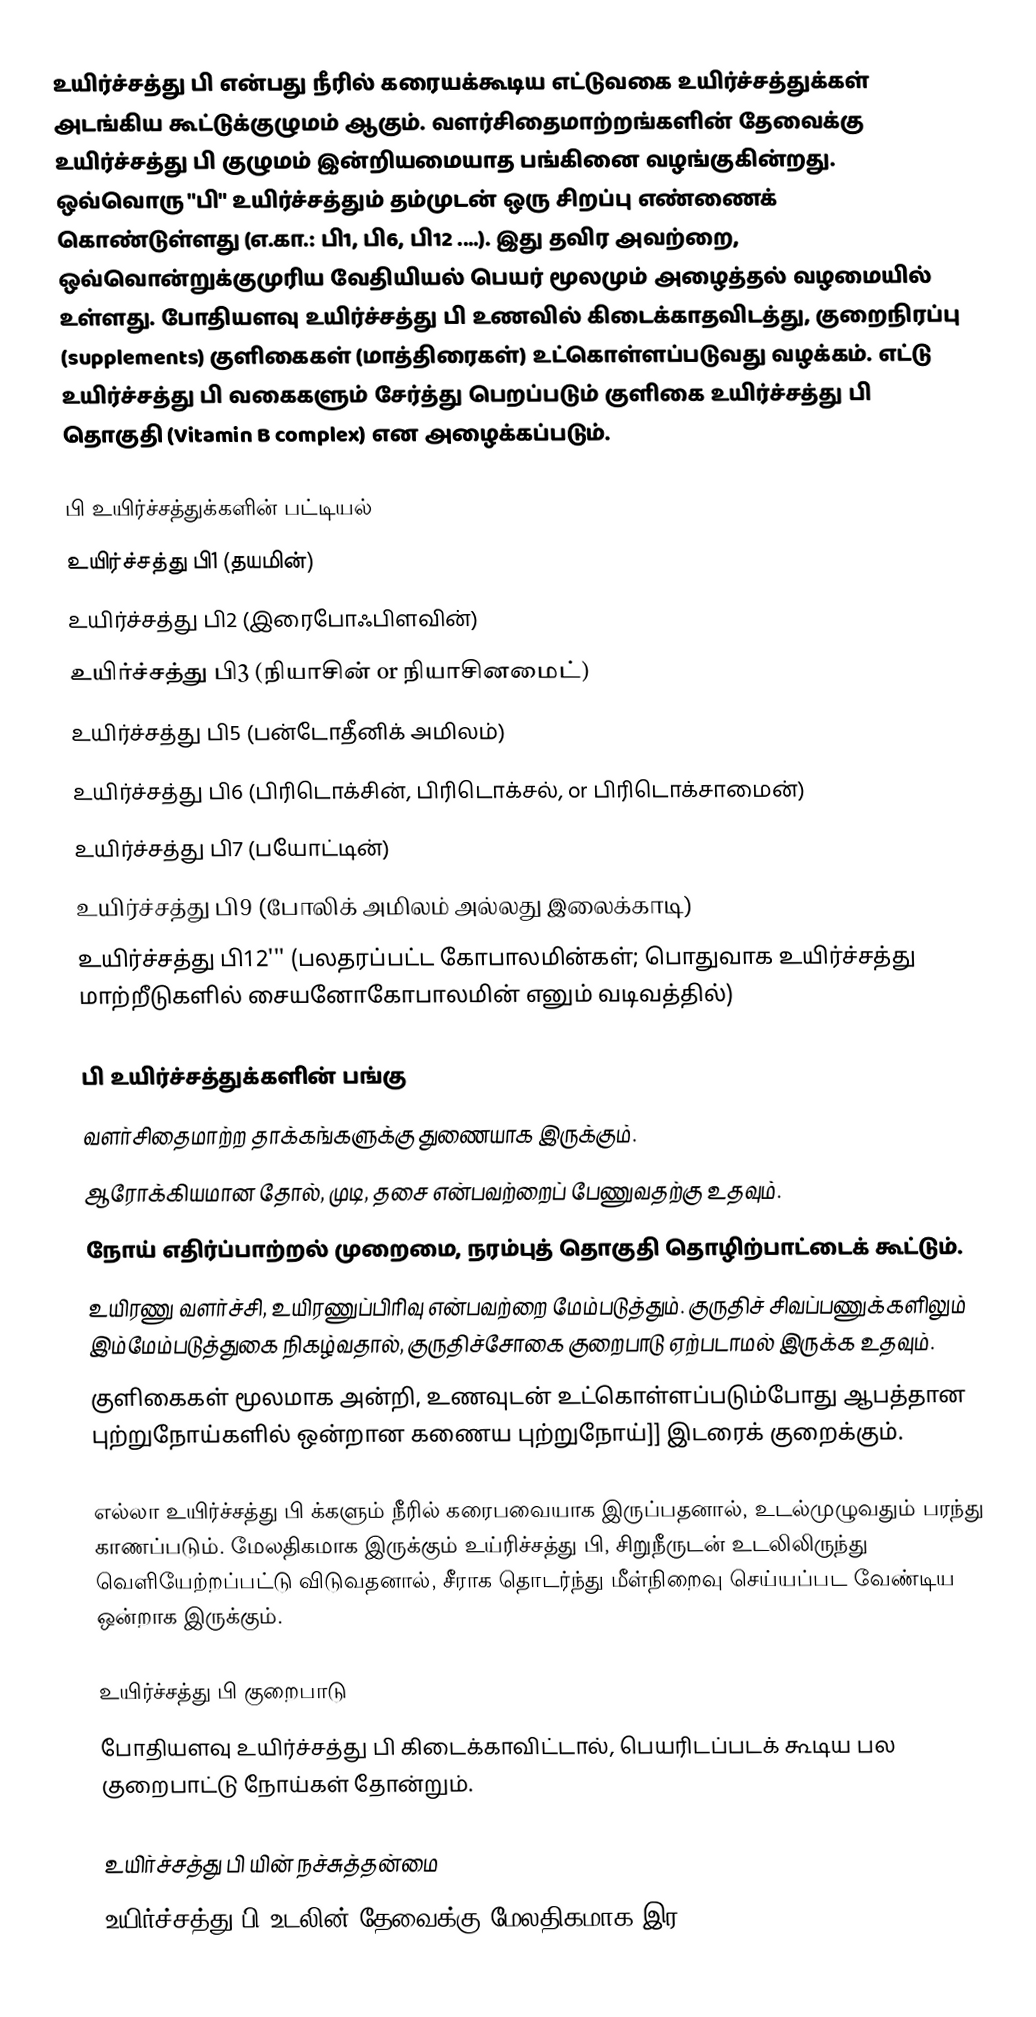
உயிர்ச்சத்து பி என்பது நீரில் கரையக்கூடிய எட்டுவகை உயிர்ச்சத்துக்கள் அடங்கிய கூட்டுக்குழுமம் ஆகும். வளர்சிதைமாற்றங்களின் தேவைக்கு உயிர்ச்சத்து பி குழுமம் இன்றியமையாத பங்கினை வழங்குகின்றது. ஒவ்வொரு "பி" உயிர்ச்சத்தும் தம்முடன் ஒரு சிறப்பு எண்ணைக் கொண்டுள்ளது (எ.கா.: பி1, பி6, பி12 ....). இது தவிர அவற்றை, ஒவ்வொன்றுக்குமுரிய வேதியியல் பெயர் மூலமும் அழைத்தல் வழமையில் உள்ளது. போதியளவு உயிர்ச்சத்து பி உணவில் கிடைக்காதவிடத்து, குறைநிரப்பு (supplements) குளிகைகள் (மாத்திரைகள்) உட்கொள்ளப்படுவது வழக்கம். எட்டு உயிர்ச்சத்து பி வகைகளும் சேர்த்து பெறப்படும் குளிகை உயிர்ச்சத்து பி தொகுதி (Vitamin B complex) என அழைக்கப்படும்.

பி உயிர்ச்சத்துக்களின் பட்டியல்
 உயிர்ச்சத்து பி1 (தயமின்)
 உயிர்ச்சத்து பி2 (இரைபோஃபிளவின்)
 உயிர்ச்சத்து பி3 (நியாசின் or நியாசினமைட்)
 உயிர்ச்சத்து பி5 (பன்டோதீனிக் அமிலம்)
 உயிர்ச்சத்து பி6 (பிரிடொக்சின், பிரிடொக்சல், or பிரிடொக்சாமைன்)
 உயிர்ச்சத்து பி7 (பயோட்டின்)
 உயிர்ச்சத்து பி9 (போலிக் அமிலம் அல்லது இலைக்காடி)
 உயிர்ச்சத்து பி12''' (பலதரப்பட்ட கோபாலமின்கள்; பொதுவாக உயிர்ச்சத்து மாற்றீடுகளில் சையனோகோபாலமின் எனும் வடிவத்தில்)

பி உயிர்ச்சத்துக்களின் பங்கு
 வளர்சிதைமாற்ற தாக்கங்களுக்கு துணையாக இருக்கும்.
 ஆரோக்கியமான தோல், முடி, தசை என்பவற்றைப் பேணுவதற்கு உதவும்.
 நோய் எதிர்ப்பாற்றல் முறைமை, நரம்புத் தொகுதி தொழிற்பாட்டைக் கூட்டும்.
 உயிரணு வளர்ச்சி, உயிரணுப்பிரிவு என்பவற்றை மேம்படுத்தும். குருதிச் சிவப்பணுக்களிலும் இம்மேம்படுத்துகை நிகழ்வதால், குருதிச்சோகை குறைபாடு ஏற்படாமல் இருக்க உதவும்.
 குளிகைகள் மூலமாக அன்றி, உணவுடன் உட்கொள்ளப்படும்போது ஆபத்தான புற்றுநோய்களில் ஒன்றான கணைய புற்றுநோய்]] இடரைக் குறைக்கும்.

எல்லா உயிர்ச்சத்து பி க்களும் நீரில் கரைபவையாக இருப்பதனால், உடல்முழுவதும் பரந்து காணப்படும். மேலதிகமாக இருக்கும் உய்ரிச்சத்து பி, சிறுநீருடன் உடலிலிருந்து வெளியேற்றப்பட்டு விடுவதனால், சீராக தொடர்ந்து மீள்நிறைவு செய்யப்பட வேண்டிய ஒன்றாக இருக்கும்.

உயிர்ச்சத்து பி குறைபாடு
போதியளவு உயிர்ச்சத்து பி கிடைக்காவிட்டால், பெயரிடப்படக் கூடிய பல குறைபாட்டு நோய்கள் தோன்றும்.

உயிர்ச்சத்து பி யின் நச்சுத்தன்மை
உயிர்ச்சத்து பி உடலின் தேவைக்கு மேலதிகமாக இர